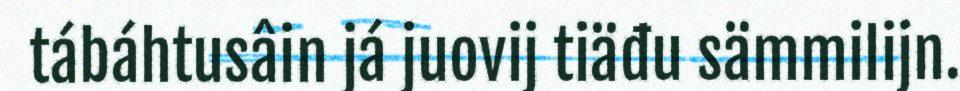
tábáhtusâin já juovij tiäđu sämmilijn.